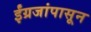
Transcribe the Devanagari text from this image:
ईंग्रजांपासून